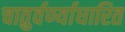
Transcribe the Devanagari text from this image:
चातुर्वर्ण्याधारित